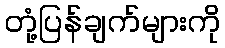
တုံ့ပြန်ချက်များကို